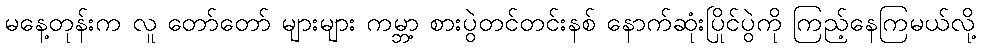
မနေ့တုန်းက လူ တော်တော် များများ ကမ္ဘာ့ စားပွဲတင်တင်းနစ် နောက်ဆုံးပြိုင်ပွဲကို ကြည့်နေကြမယ်လို့